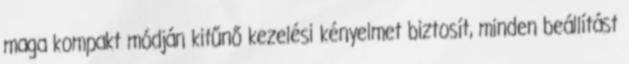
maga kompakt módján kitűnő kezelési kényelmet biztosít, minden beállítást